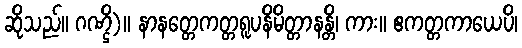
ဆိုသည်။ ဂဏ္ဌိ)။ နာနတ္တေကတ္တရူပနိမိတ္တာနန္တိ၊ ကား။ ဧကတ္တကာယေပိ၊